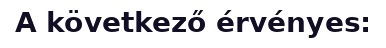
A következő érvényes: